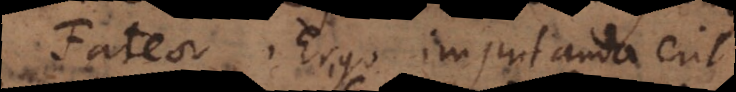
Fateor. Ergo imputanda erit